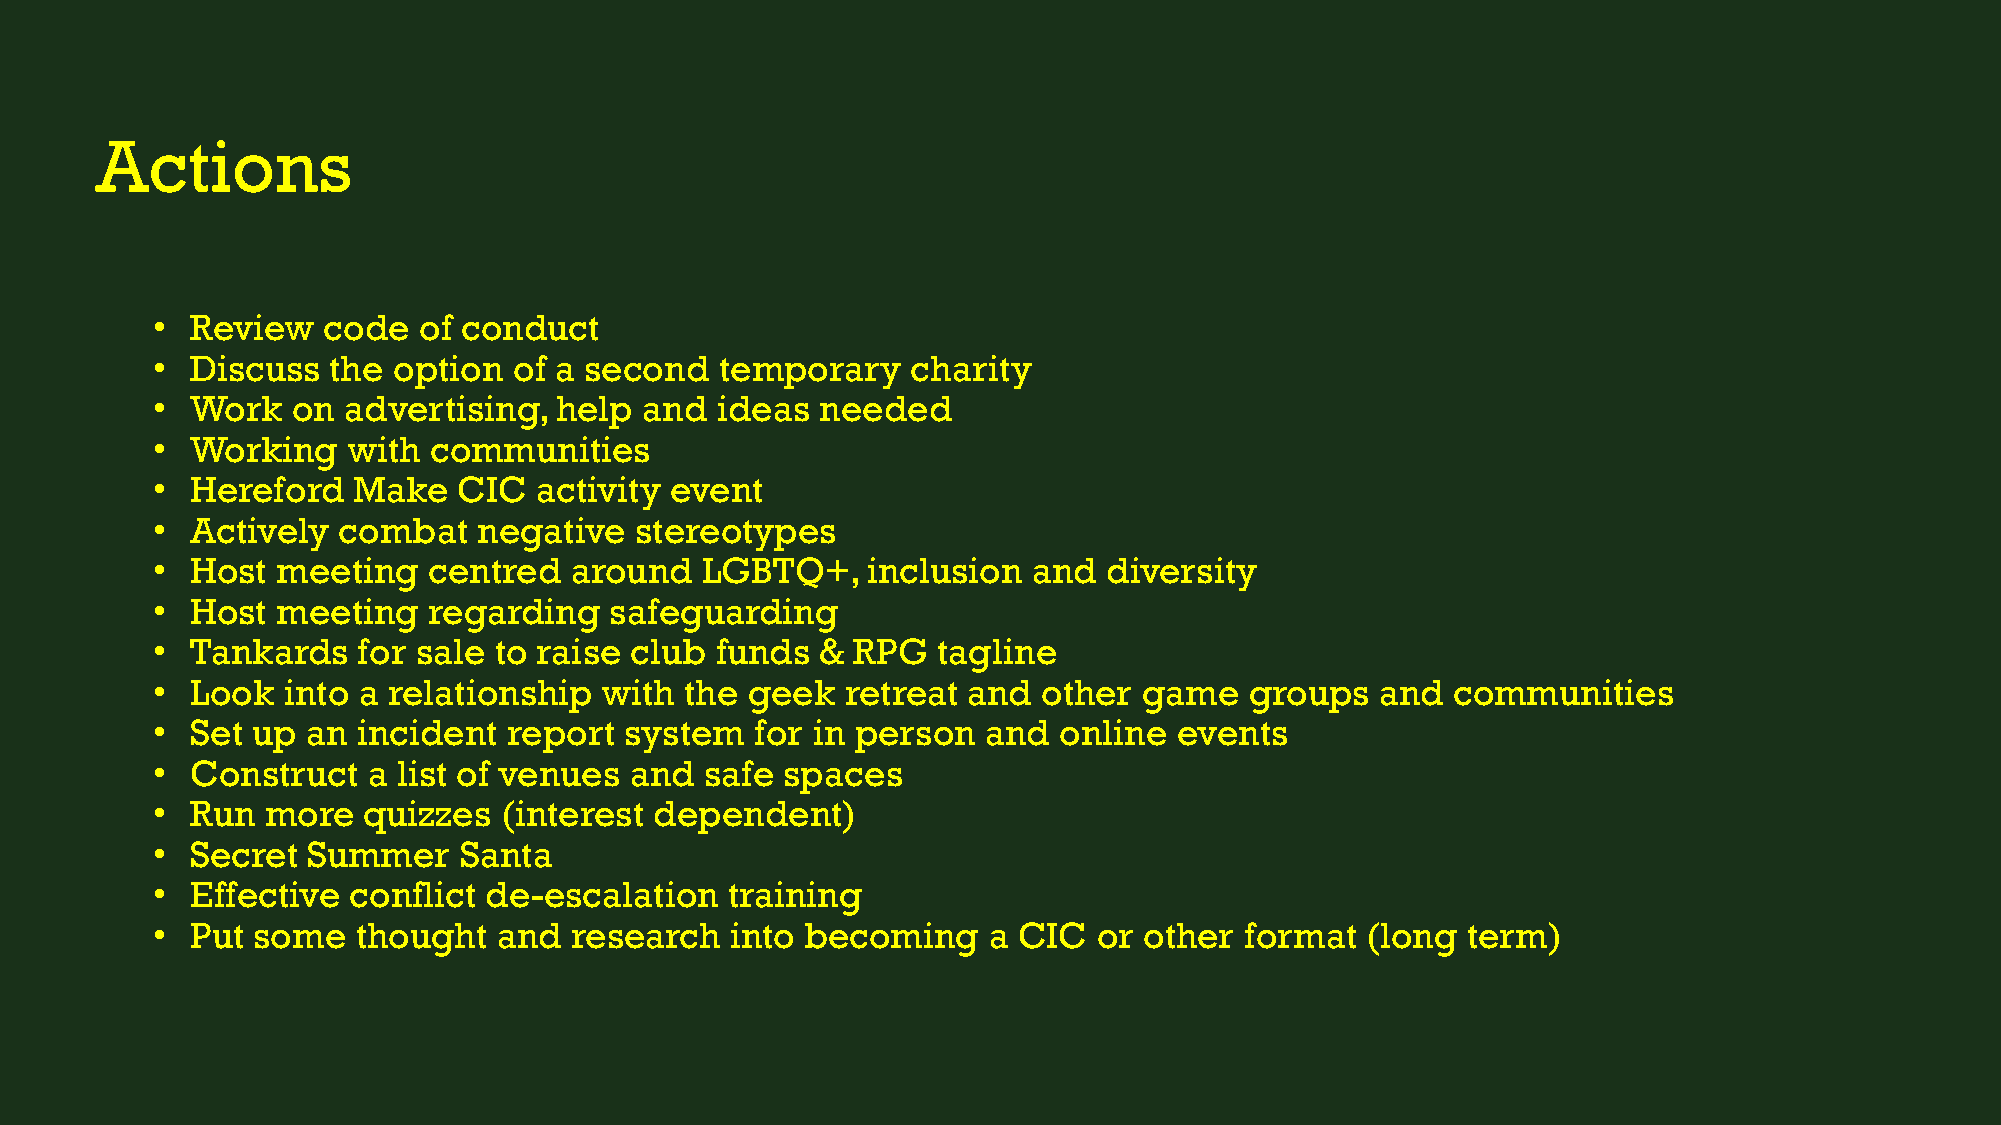
Actions
 •  Review  code   of conduct
 •  Discuss  the option  of a second   temporary   charity
 •  Work  on  advertising,  help  and ideas  needed
 •  Working   with communities
 •  Hereford  Make   CIC  activity event
 •  Actively combat    negative  stereotypes
 •  Host meeting   centred   around  LGBTQ+,    inclusion  and  diversity
 •  Host meeting   regarding   safeguarding
 •  Tankards   for sale to raise club funds  & RPG   tagline
 •  Look  into a relationship  with the geek   retreat and  other  game   groups  and  communities
 •  Set up an  incident  report system   for in person  and  online  events
 •  Construct  a list of venues  and  safe spaces
 •  Run  more  quizzes  (interest dependent)
 •  Secret Summer    Santa
 •  Effective conflict de-escalation   training
 •  Put some   thought  and  research  into becoming    a CIC   or other format  (long  term)